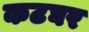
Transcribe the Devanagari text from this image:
कटघर